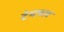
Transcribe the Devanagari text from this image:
टेमपल